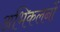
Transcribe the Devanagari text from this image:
अभिकलनों